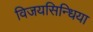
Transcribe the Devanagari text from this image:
विजयसिन्धिया